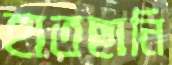
হাতছানি